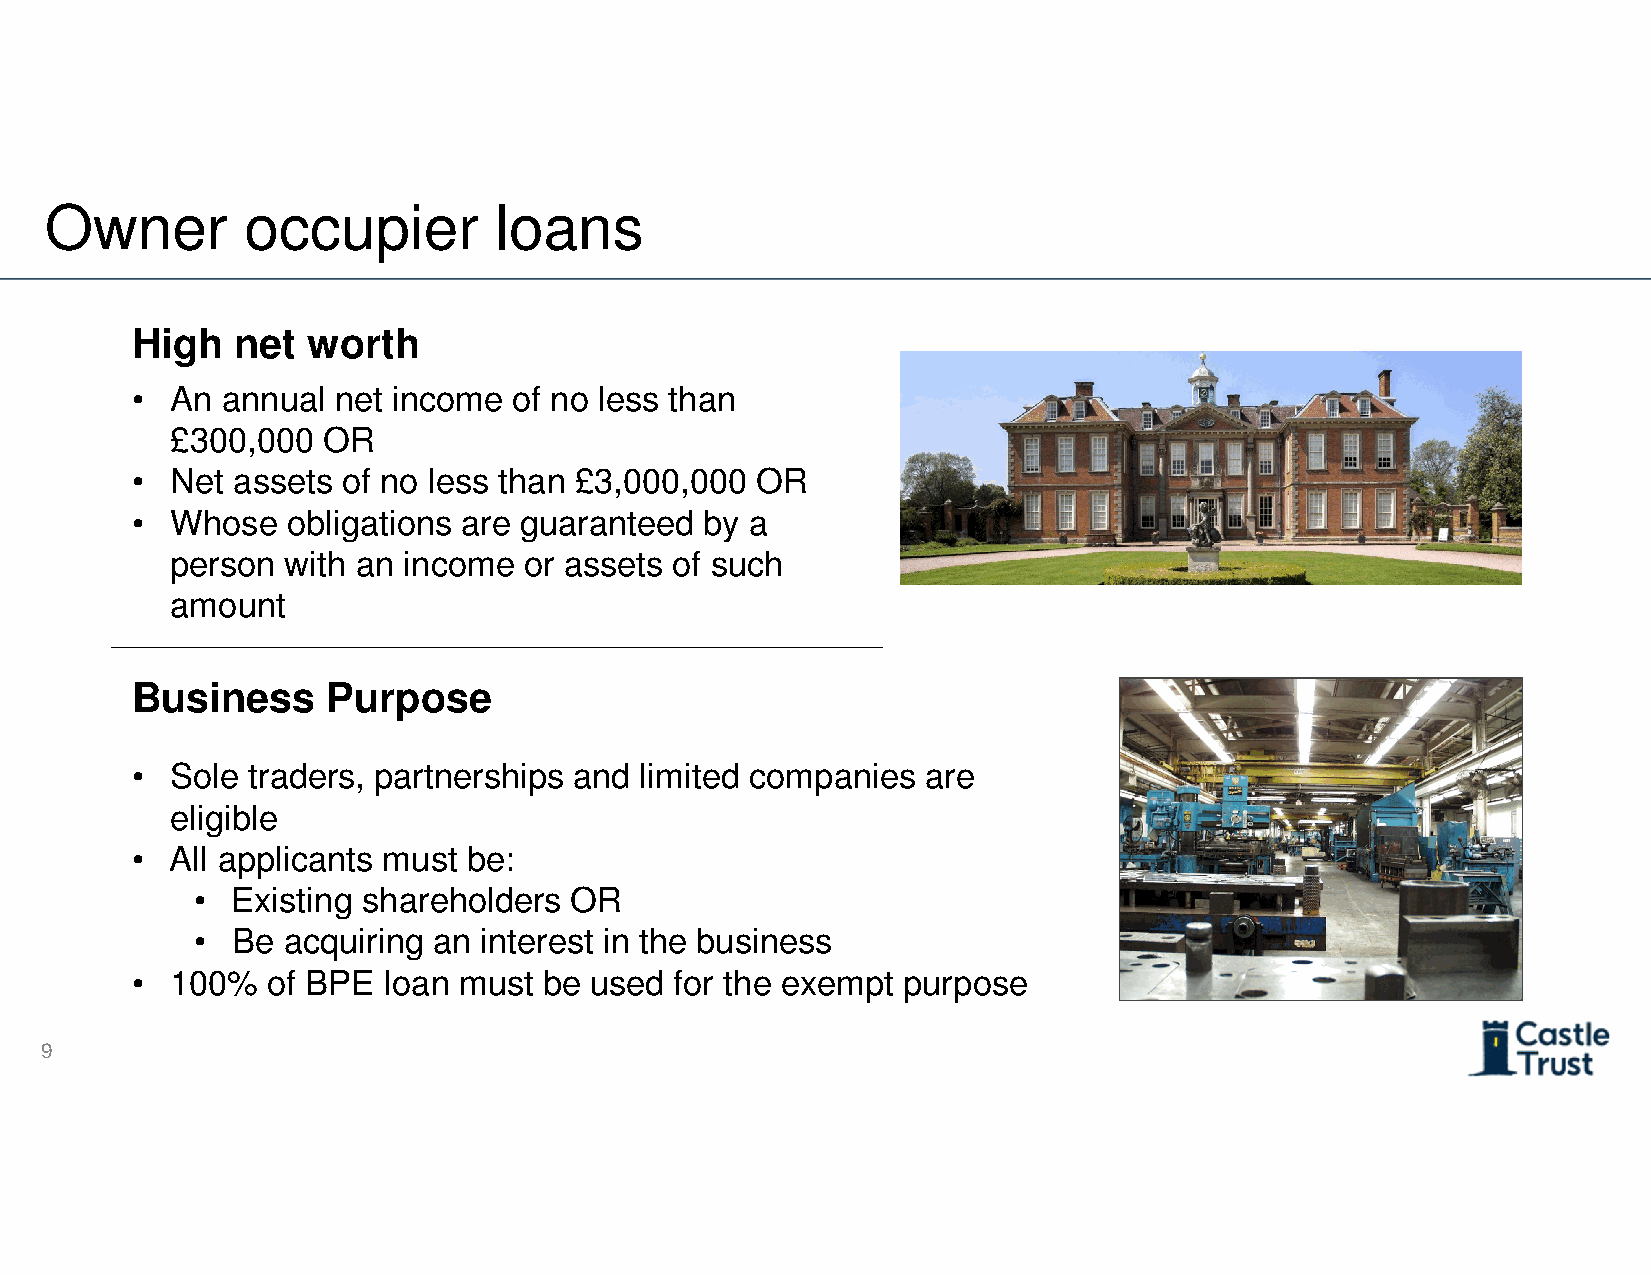
Owner        occupier         loans
 High   net worth
 • An  annual net income  of no less than
 £300,000  OR
 • Net assets  of no less than £3,000,000 OR
 • Whose   obligations are guaranteed  by a
 person  with an income  or assets of such
 amount
 Business     Purpose
 • Sole traders, partnerships and limited companies  are
 eligible
 • All applicants must be:
 • Existing shareholders  OR
 • Be  acquiring an interest in the business
 • 100%   of BPE loan must  be used  for the exempt purpose
 9